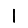
Digit: 1